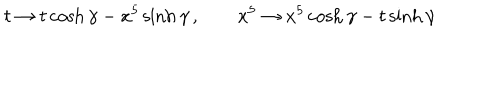
t \rightarrow t \cosh \gamma - x ^ { 5 } \sinh \gamma \, , \qquad x ^ { 5 } \rightarrow x ^ { 5 } \cosh \gamma - t \sinh \gamma